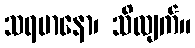
သရမာနော၊ သိလျက်။